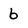
Character: 6